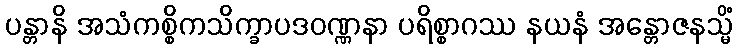
ပန္တာနိ အသံကစ္စိကသိက္ခာပဒဝဏ္ဏနာ ပရိစ္စာဂဿ နယနံ အန္တောဇနသ္မိံ